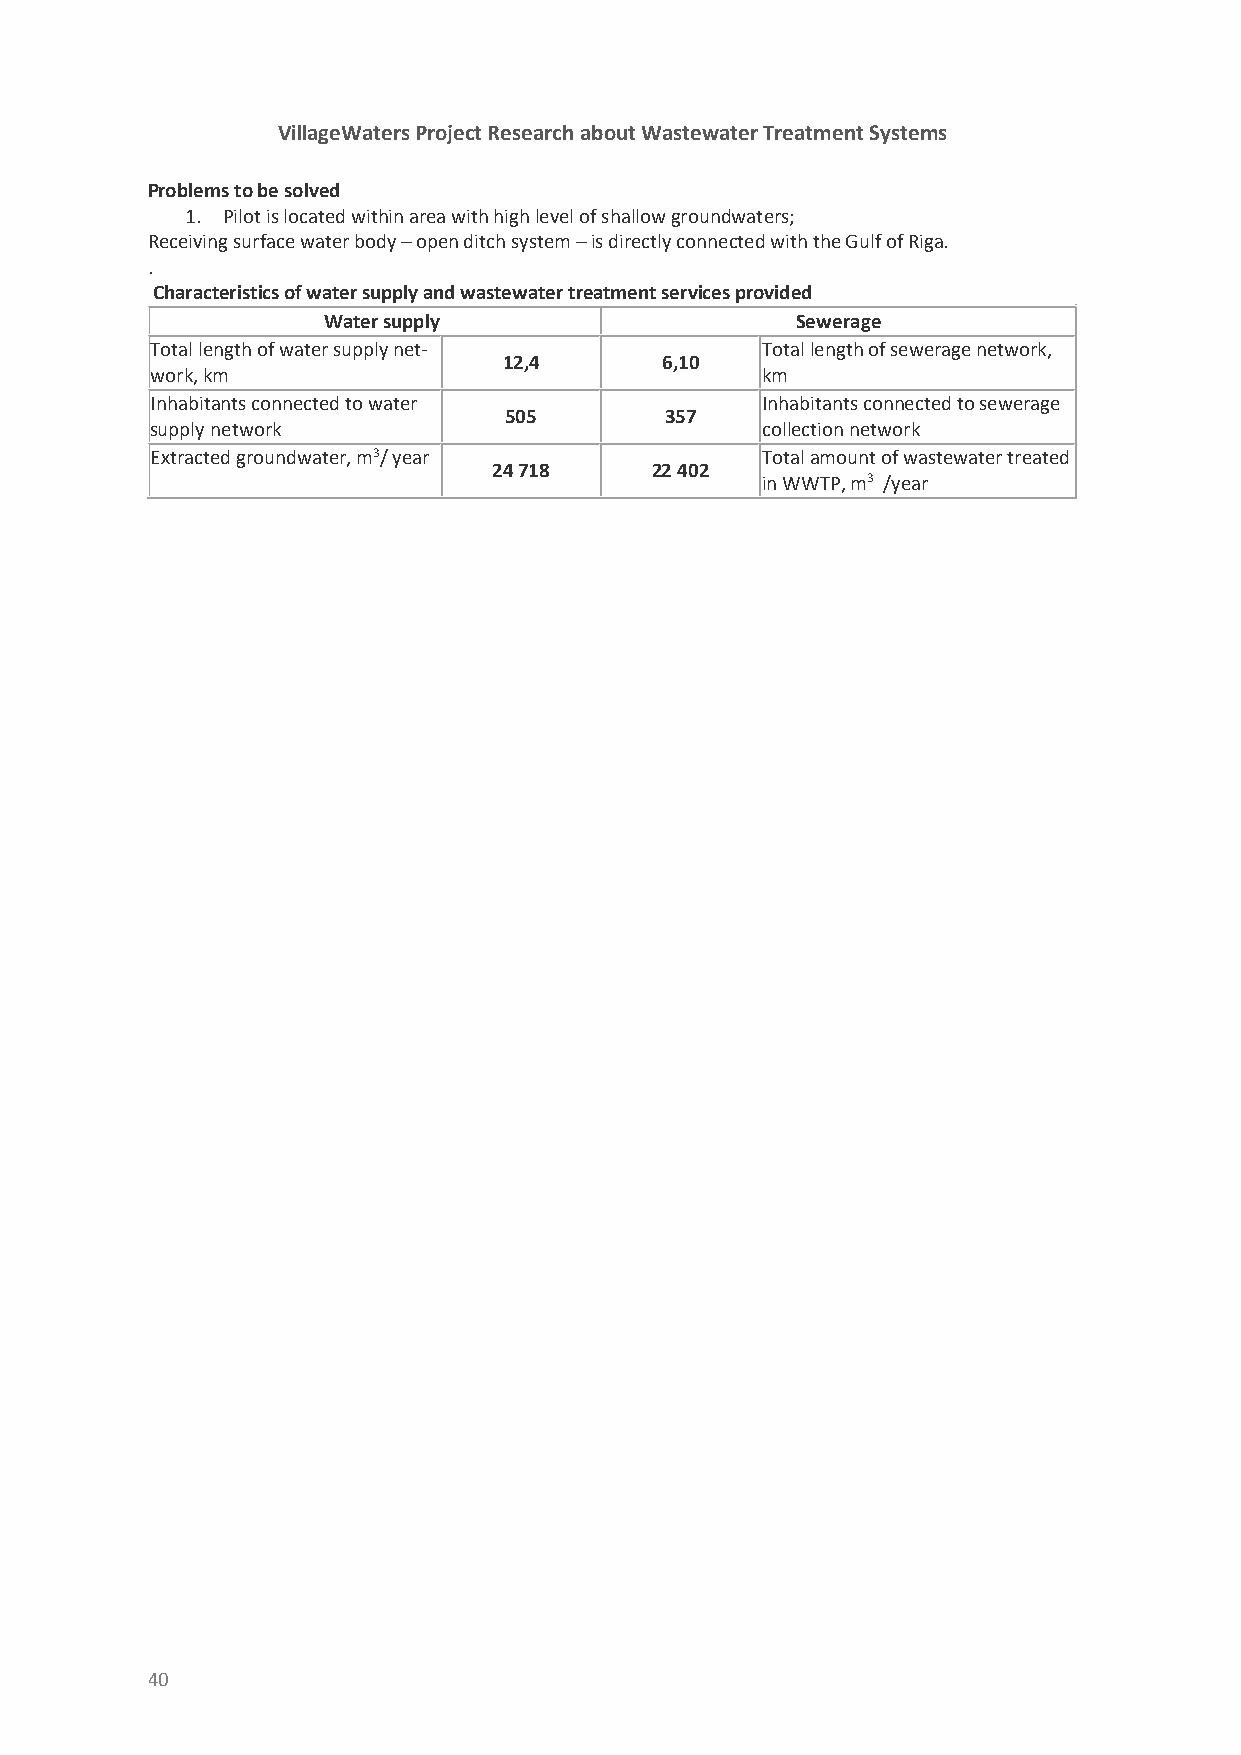
VillageWaters Project Research about Wastewater Treatment Systems
 Problems to be solved
 1. Pilot is located within area with high level of shallow groundwaters;
 Receiving surface water body – open ditch system – is directly connected with the Gulf of Riga.
 .
 Characteristics of water supply and wastewater treatment services provided
 Water supply                    Sewerage
 Total length of water supply net-       Total length of sewerage network,
 12,4       6,10
 work, km                                km
 Inhabitants connected to water          Inhabitants connected to sewerage
 505        357
 supply network                          collection network
 Extracted groundwater, m3/ year         Total amount of wastewater treated
 24 718    22 402
 in WWTP, m3 /year
 40